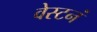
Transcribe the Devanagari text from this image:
वेस्टनं